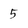
Character: 5